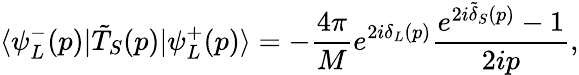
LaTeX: \langle\psi_{L}^{-}(p)|\tilde{T}_{S}(p)|\psi_{L}^{+}(p)\rangle=-\frac{4\pi}{M}e^{2i\delta_{L}(p)}\frac{e^{2i\tilde{\delta}_{S}(p)}-1}{2ip},